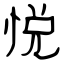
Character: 悦